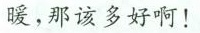
暖，那该多好啊！